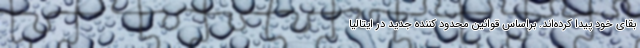
بقای خود پیدا کرده‌اند. براساس قوانین محدود کننده جدید در ایتالیا